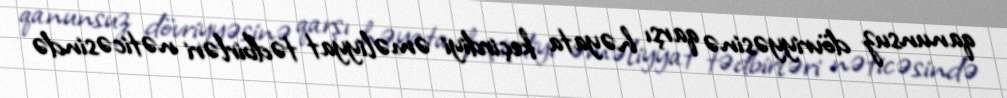
qanunsuz dövriyyəsinə qarşı həyata keçirdiyi əməliyyat tədbirləri nəticəsində